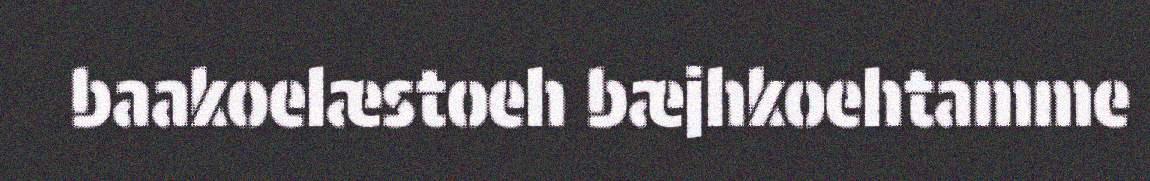
baakoelæstoeh bæjhkoehtamme